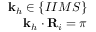
\begin{array} { r } { \mathbf { k } _ { h } \in \{ I I M S \} } \\ { \mathbf { k } _ { h } \cdot \mathbf { R } _ { i } = \pi } \end{array}